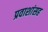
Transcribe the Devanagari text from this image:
प्रवाशांसह